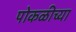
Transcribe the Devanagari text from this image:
पोकळीच्‍या